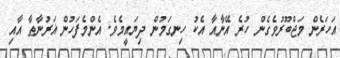
އަހަރެން މަޖްބޫރުވެގެން ހުރެ އޭނާއާ އެކު ހިނގަމުން ދިޔައީމެވެ. އެންމެފަހުން ޣަރުނާޠާ އާއި